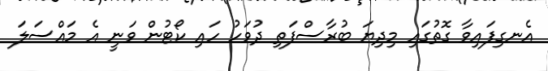
އެނގިފައިވާ ގޮތުގައި މިދިޔަ ބުރާސްފަތި ދުވަހު ހައި ކޯޓުން ވަނީ އެ މައްސަލަ